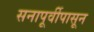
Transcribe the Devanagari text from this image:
सनापूर्वीपासून